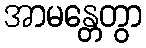
အာမန္တေတွာ